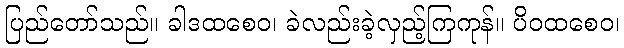
ပြည်တော်သည်။ ခါဒထစေဝ၊ ခဲလည်းခဲ့လှည့်ကြကုန်။ ပိဝထစေဝ၊